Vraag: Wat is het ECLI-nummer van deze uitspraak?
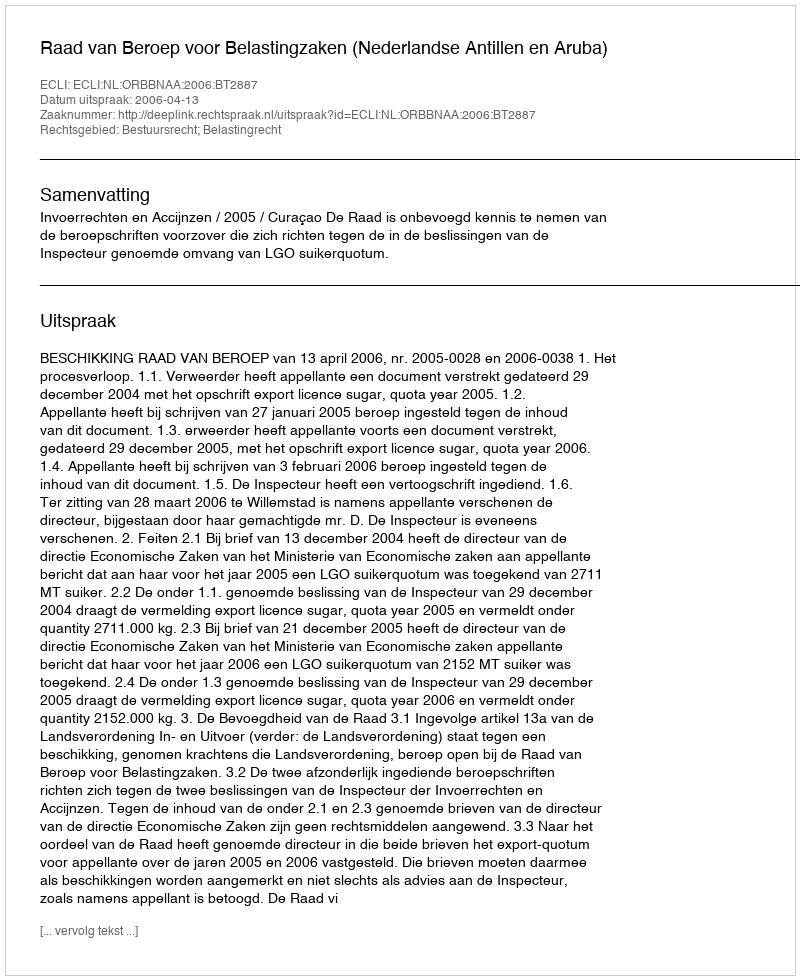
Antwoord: ECLI:NL:ORBBNAA:2006:BT2887